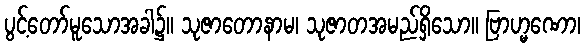
ပွင့်တော်မူသောအခါ၌။ သုဇာတောနာမ၊ သုဇာတအမည်ရှိသော။ ဗြာဟ္မဏော၊